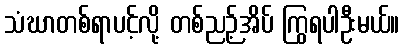
သံဃာတစ်ရာပင့်လို့ တစ်ညဉ့်အိပ် ကြွရပါဦးမယ်။